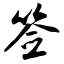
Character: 签